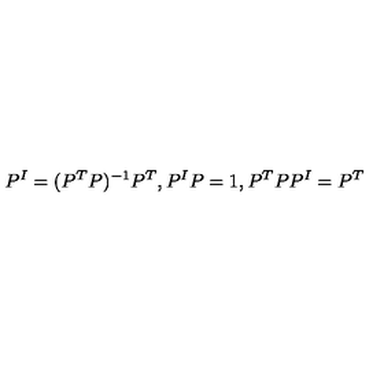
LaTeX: P ^ { I } = ( P ^ { T } P ) ^ { - 1 } P ^ { T } , P ^ { I } P = 1 , P ^ { T } P P ^ { I } = P ^ { T }